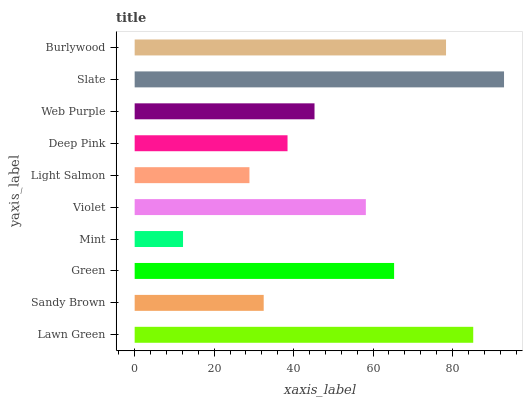
| yaxis_label | bars |
 | --- | --- |
 | Lawn Green | 85.2 |
 | Sandy Brown | 32.5 |
 | Green | 65.3 |
 | Mint | 12.2 |
 | Violet | 58.2 |
 | Light Salmon | 28.9 |
 | Deep Pink | 38.5 |
 | Web Purple | 45.3 |
 | Slate | 93 |
 | Burlywood | 78.4 |